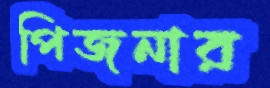
পিজনার